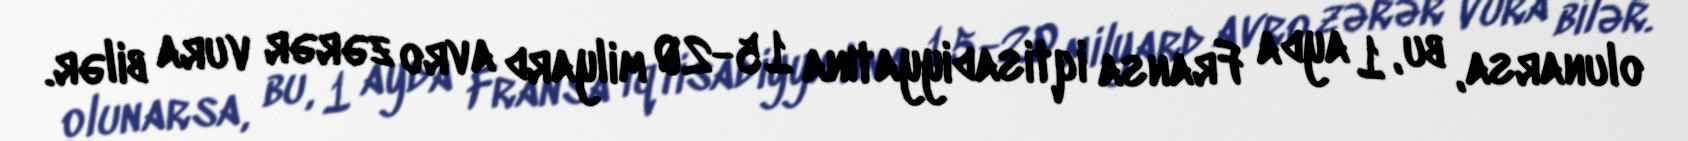
olunarsa, bu, 1 ayda Fransa iqtisadiyyatına 15-20 milyard avro zərər vura bilər.